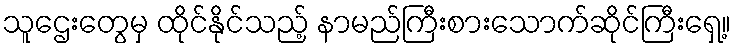
သူဌေးတွေမှ ထိုင်နိုင်သည့် နာမည်ကြီးစားသောက်ဆိုင်ကြီးရှေ့။